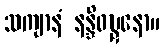
သကျာနံ နန္ဒိဝဎ္ဍနော။